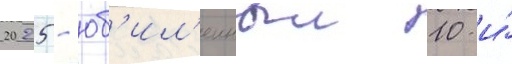
2025 - юб'ил'еиныи 10-и́